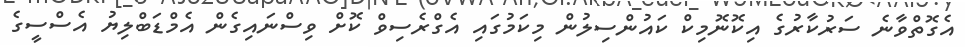
އެގޮތްވާނެ ސަރުކާރުގެ އިކޮނޮމިކް ކައުންސިލުން މިކަމުގައި އެގްރެސިވް ކޮށް ވިސްނައިގެން އެމްޑަބްލިޔު އެސްސީގެ